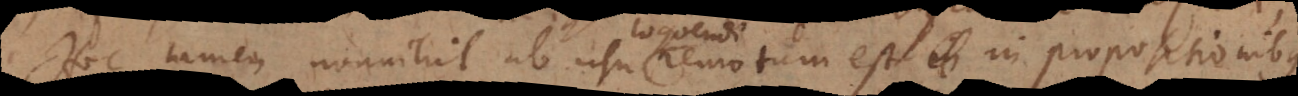
Hoc tamen nonnihil ab usu remotum est in propositionibus